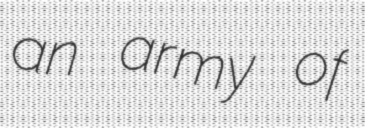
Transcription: an army of